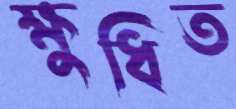
ক্ষুধিত